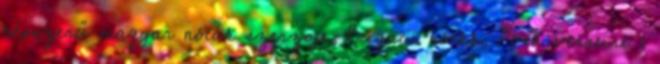
népszerű magyar nóták szerzője, Bugaci nóták, Pósa verseire ;